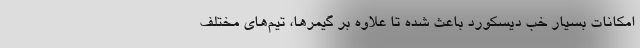
امکانات بسیار خب دیسکورد باعث شده تا علاوه بر گیمرها، تیم‌های مختلف